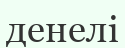
денелі